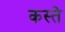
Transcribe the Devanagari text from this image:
कस्‍ते